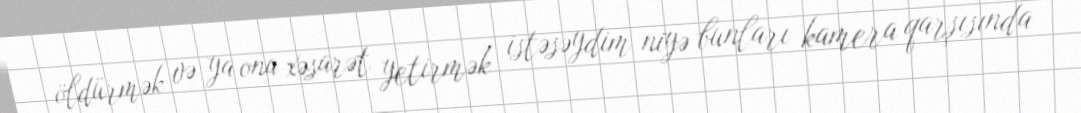
öldürmək və ya ona xəsarət yetirmək istəsəydim niyə bunları kamera qarşısında